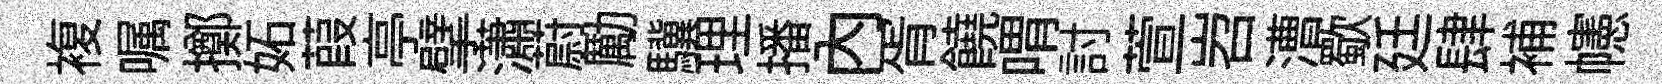
複嘱擲妬葭亭擘瀟蔚勵驥理播內胥饒喟討萱岧漕歜廷肆補幰